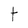
Character: t